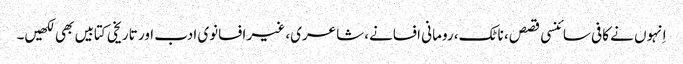
اِنہوں نے کافی سائنسی قصص، ناٹک، رومانی افسانے، شاعری، غیر افسانوی ادب اور تاریخی کتابیں بھی لکھیں۔